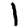
Digit: 1